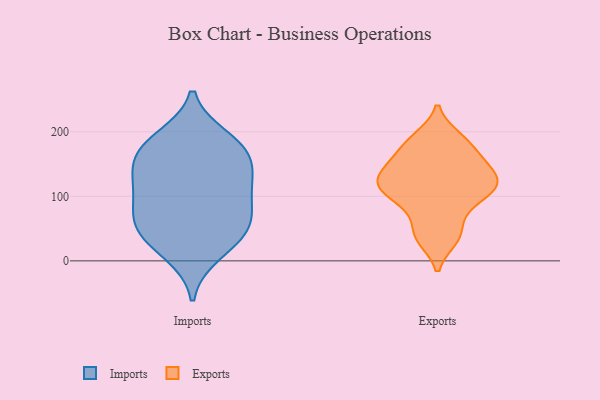
{"axis": {"x": "Budget (USD K)", "y": "Value"}, "legend": ["Exports", "Imports"], "data": [{"x": "", "y": 122, "type": "Imports"}, {"x": "", "y": 94, "type": "Imports"}, {"x": "", "y": 49, "type": "Imports"}, {"x": "", "y": 154, "type": "Imports"}, {"x": "", "y": 28, "type": "Imports"}, {"x": "", "y": 124, "type": "Imports"}, {"x": "", "y": 69, "type": "Imports"}, {"x": "", "y": 11, "type": "Imports"}, {"x": "", "y": 165, "type": "Imports"}, {"x": "", "y": 53, "type": "Imports"}, {"x": "", "y": 190, "type": "Imports"}, {"x": "", "y": 184, "type": "Imports"}, {"x": "", "y": 114, "type": "Imports"}, {"x": "", "y": 168, "type": "Imports"}, {"x": "", "y": 61, "type": "Imports"}, {"x": "", "y": 119, "type": "Exports"}, {"x": "", "y": 183, "type": "Exports"}, {"x": "", "y": 109, "type": "Exports"}, {"x": "", "y": 34, "type": "Exports"}, {"x": "", "y": 69, "type": "Exports"}, {"x": "", "y": 117, "type": "Exports"}, {"x": "", "y": 116, "type": "Exports"}, {"x": "", "y": 113, "type": "Exports"}, {"x": "", "y": 43, "type": "Exports"}, {"x": "", "y": 142, "type": "Exports"}, {"x": "", "y": 158, "type": "Exports"}, {"x": "", "y": 88, "type": "Exports"}, {"x": "", "y": 123, "type": "Exports"}, {"x": "", "y": 143, "type": "Exports"}, {"x": "", "y": 98, "type": "Exports"}, {"x": "", "y": 143, "type": "Exports"}, {"x": "", "y": 164, "type": "Exports"}, {"x": "", "y": 191, "type": "Exports"}, {"x": "", "y": 35, "type": "Exports"}, {"x": "", "y": 189, "type": "Exports"}]}